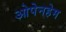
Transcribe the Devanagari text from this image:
ओपेनहेम